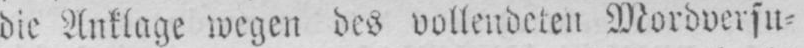
die Anklage wegen des vollendeten Mordversu⸗